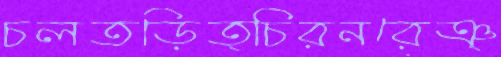
চলতড়িত্চিরনরেঞ্